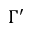
\Gamma ^ { \prime }